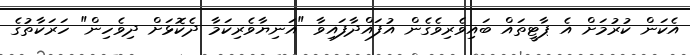
އެކަން ކުރުމަށް އެ ޕާޓީތައް ބައިވެރިވެގެން އުފައްދާފައިވާ "އަނިޔާވެރިކަމާ ދެކޮޅަށް ދިވެހިން" ހަރަކާތުގެ